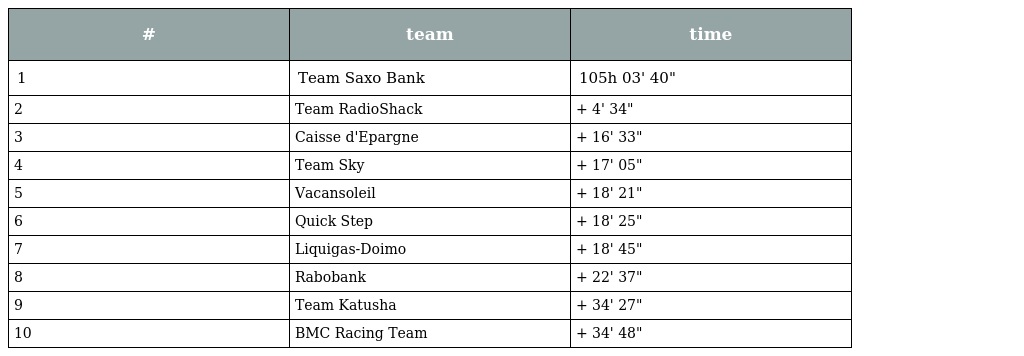
| # | team | time |
 | --- | --- | --- |
 | 1 | Team Saxo Bank | 105h 03' 40" |
 | 2 | Team RadioShack | + 4' 34" |
 | 3 | Caisse d'Epargne | + 16' 33" |
 | 4 | Team Sky | + 17' 05" |
 | 5 | Vacansoleil | + 18' 21" |
 | 6 | Quick Step | + 18' 25" |
 | 7 | Liquigas-Doimo | + 18' 45" |
 | 8 | Rabobank | + 22' 37" |
 | 9 | Team Katusha | + 34' 27" |
 | 10 | BMC Racing Team | + 34' 48" |